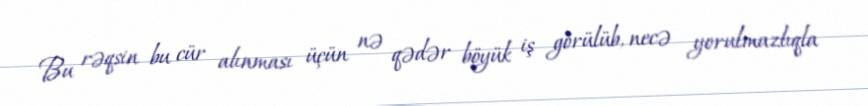
Bu rəqsin bu cür alınması üçün nə qədər böyük iş görülüb, necə yorulmazlıqla